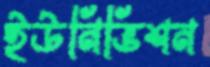
ইউনিভিশন